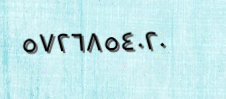
٥٧٢٦٨٥٤٠٢٠